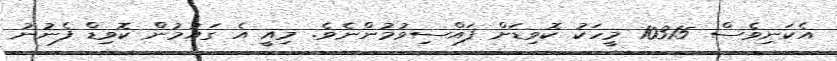
އެކަނިވެސް 10315 މީހަކު ކޮވިޑަށް ފައްސިވުުމުންނެެވެ. މިއީ އެ ގައުމުން ކޮވިޑް ފެނުނު